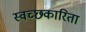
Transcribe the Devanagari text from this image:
स्वच्छकारिता